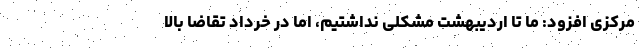
مرکزی افزود: ما تا اردیبهشت مشکلی نداشتیم، اما در خرداد تقاضا بالا